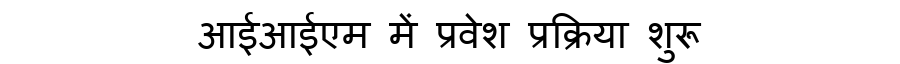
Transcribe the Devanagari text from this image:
आईआईएम में प्रवेश प्रक्रिया शुरू